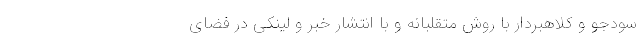
سودجو و کلاهبردار با روش متقلبانه و با انتشار خبر و لینکی در فضای